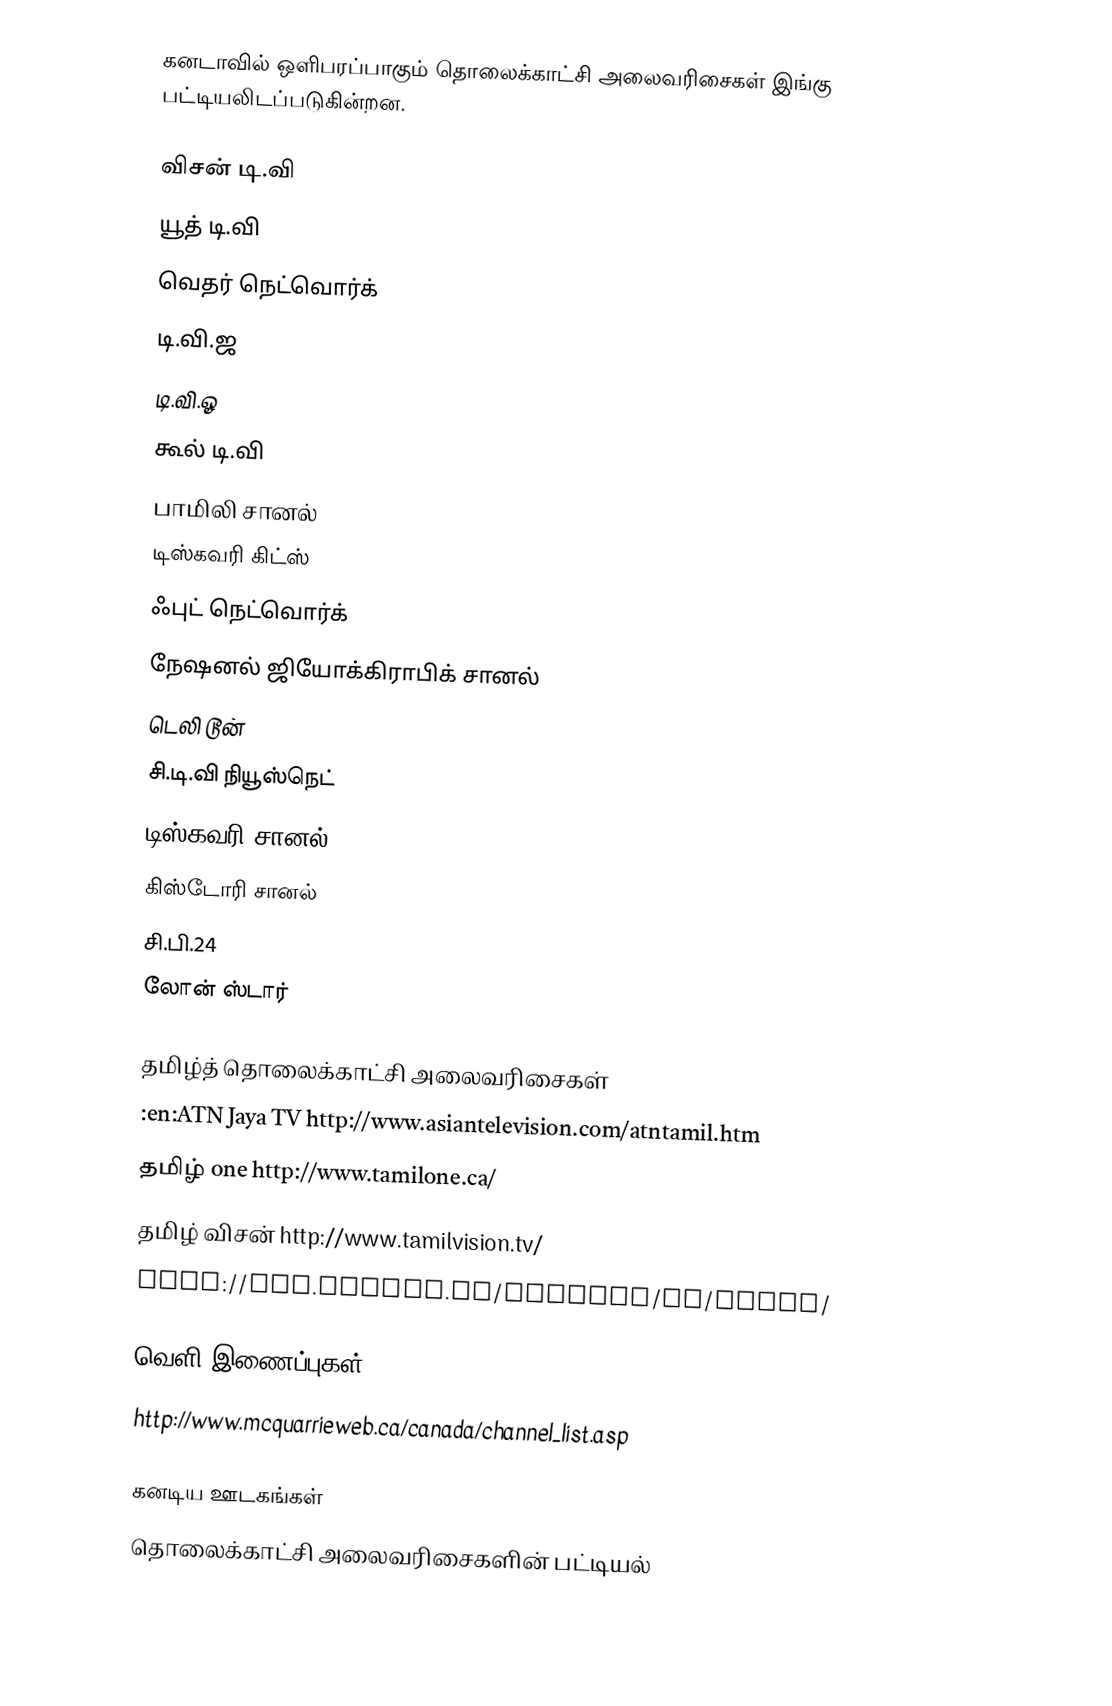
கனடாவில் ஒளிபரப்பாகும் தொலைக்காட்சி அலைவரிசைகள் இங்கு பட்டியலிடப்படுகின்றன.

விசன் டி.வி
யூத் டி.வி
வெதர் நெட்வொர்க்
டி.வி.ஜ
டி.வி.ஓ
கூல் டி.வி
பாமிலி சானல்
டிஸ்கவரி கிட்ஸ்
ஃபுட் நெட்வொர்க்
நேஷனல் ஜியோக்கிராபிக் சானல்
டெலி டூன்
சி.டி.வி நியூஸ்நெட்
டிஸ்கவரி சானல்
கிஸ்டோரி சானல்
சி.பி.24
லோன் ஸ்டார்

தமிழ்த் தொலைக்காட்சி அலைவரிசைகள்
 :en:ATN Jaya TV http://www.asiantelevision.com/atntamil.htm
 தமிழ் one http://www.tamilone.ca/
 தமிழ் விசன் http://www.tamilvision.tv/
 http://www.omnitv.ca/ontario/tv/aaram/

வெளி இணைப்புகள்
http://www.mcquarrieweb.ca/canada/channel_list.asp

கனடிய ஊடகங்கள்
தொலைக்காட்சி அலைவரிசைகளின் பட்டியல்